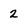
Character: 2